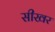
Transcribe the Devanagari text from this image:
सीखर